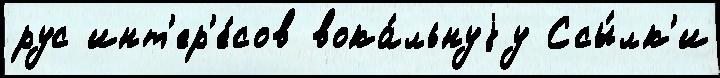
рус инт'ер'е́сов вока́льнуjу Ссы́лк'и